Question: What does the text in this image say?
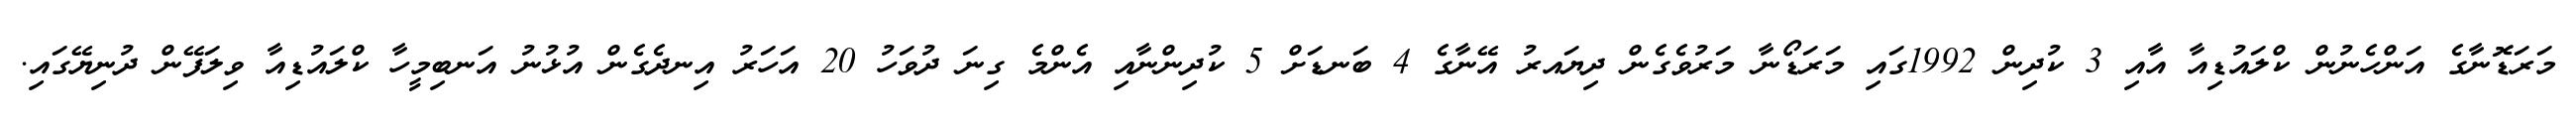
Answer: މަރަޑޮނާގެ އަންހެނުން ކްލައުޑިއާ އާއި 3 ކުދިން 1992ގައި މަރަޑޯނާ މަރުވެގެން ދިޔައރު އޭނާގެ 4 ބަނޑަށް 5 ކުދިންނާއި އެންމެ ގިނަ ދުވަހު 20 އަހަރު އިނދެގެން އުޅުނު އަނބިމީހާ ކްލައުޑިއާ ވިލަފޭން ދުނިޔޭގައި.